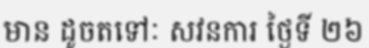
មាន ដូចតទៅៈ សវនការ ថ្ងៃទី ២៦